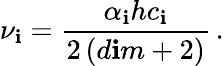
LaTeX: \nu_{\mathbf{i}}=\frac{{\alpha_{\mathbf{i}}hc_{\mathbf{i}}}}{{2\left(d\mathbf{i}m+2\right)}}\, .